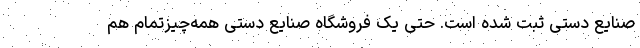
صنایع دستی ثبت شده است. حتی یک فروشگاه صنایع دستیِ همه‌چیزتمام هم